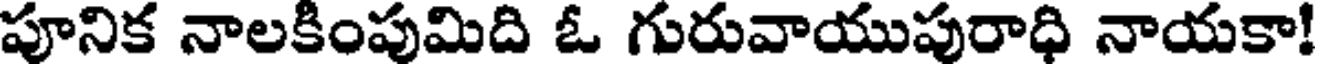
పూనిక నాలకింపుమిది ఓ గురువాయుపురాధి నాయకా!